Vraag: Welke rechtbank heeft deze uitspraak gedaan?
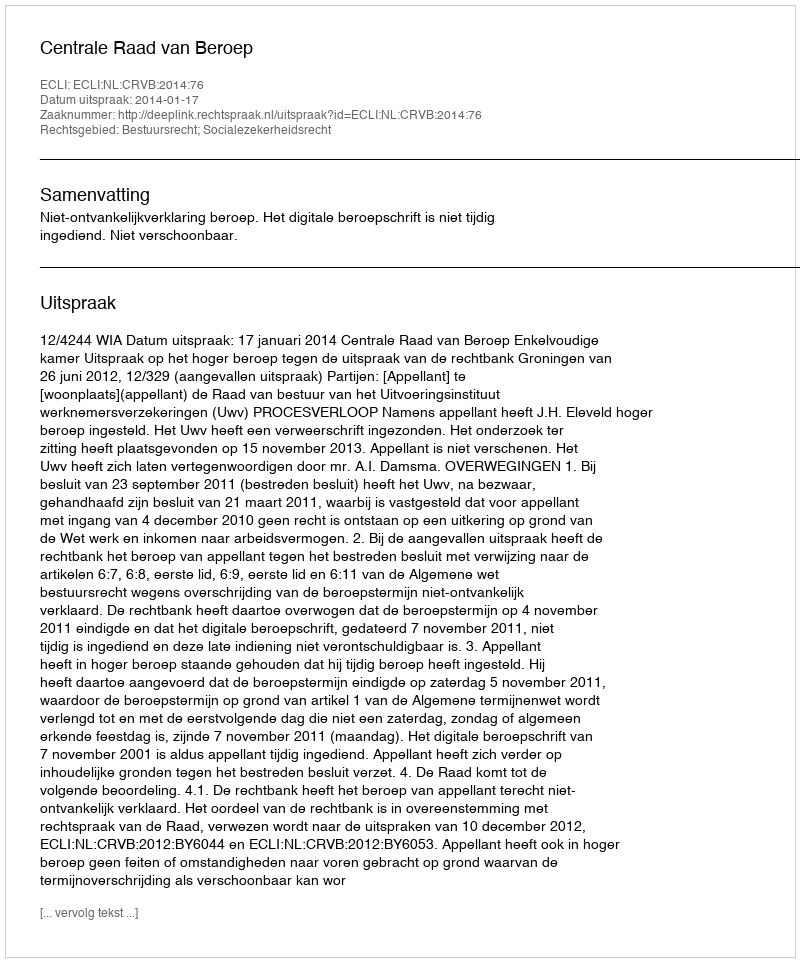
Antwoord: Centrale Raad van Beroep